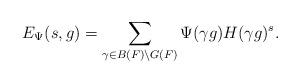
LaTeX: \begin{align*}E_{\Psi}(s,g) = \sum_{\gamma \in B(F)\setminus G(F)}\Psi(\gamma g)H(\gamma g)^s. \end{align*}